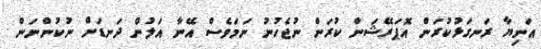
އަނިޔާ ރަނގަޅުކުރަން އޮޕަރޭޝަން ކުރަން ނުޖެހުނު ނަމަވެސް އޭނާ އަލުން ދަނޑަށް ނުކުންނަން